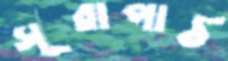
সূরাপাঠ